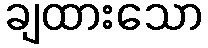
ချထားသော